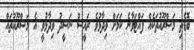
ބޮޑެތި މަޝްރޫއުތަކެއް ފައްޓަވާނެ ކަމަށް ވިދާޅުވެ ރައީސް ނަޝީދު ވިދާޅުވީ އެ މަޝްރޫއުތައް